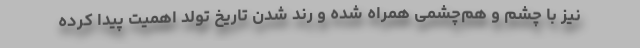
نیز با چشم و هم‌چشمی همراه شده و رُند شدن تاریخ تولد اهمیت پیدا کرده